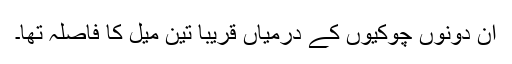
ان دونوں چوکیوں کے درمیاں قریبا تین میل کا فاصلہ تھا۔